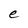
Character: e